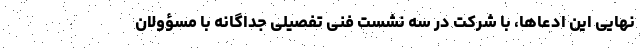
نهایی این ادعاها، با شرکت در سه نشست فنی تفصیلی جداگانه با مسؤولان